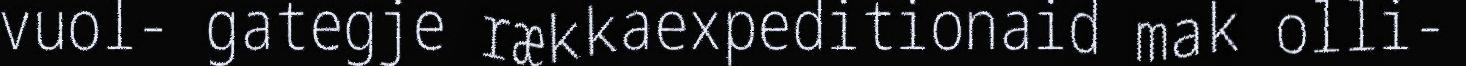
vuol- gategje rækkaexpeditionaid mak olli-